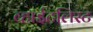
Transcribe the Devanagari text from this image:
व्हाईटलिस्ट